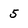
Character: 5